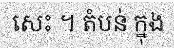
សេះ ។ តំបន់ ក្នុង